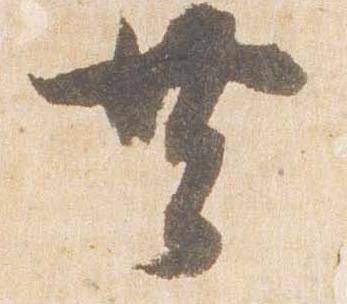
共